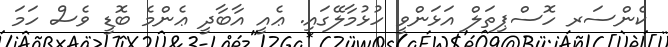
ކެންސަރ ހޮސްޕިތަލް އަޅަންވީ ހުޅުމާލޭގައި. ޢެއީ އާބާދީ ޢެންމެ ބޮޑީ ވެސް ހަމަ